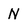
Character: N